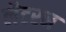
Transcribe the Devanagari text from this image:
लैटरन